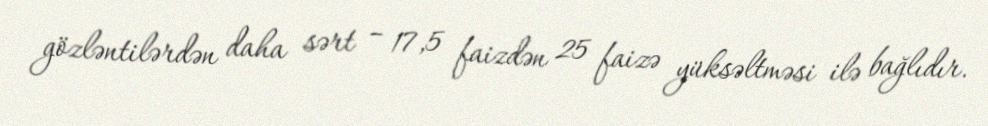
gözləntilərdən daha sərt – 17,5 faizdən 25 faizə yüksəltməsi ilə bağlıdır.